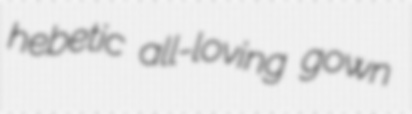
hebetic all-loving gown